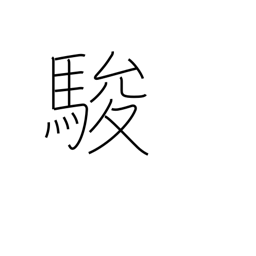
Meaning: speed